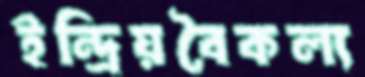
ইন্দ্রিয়বৈকল্য